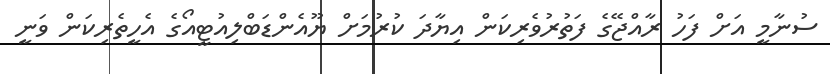
ސުނާމީ އަށް ފަހު ރާއްޖޭގެ ފަތުރުވެރިކަން އިޔާދަ ކުރުމަށް ޔޫއެންޑަބްލިއުޓީއޯގެ އެހީތެރިކަން ވަނީ